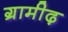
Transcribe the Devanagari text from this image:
ग्रामीढ़